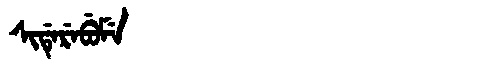
Manchu: ᠰᡳᡩᡝᡵᡝᠪᡠᠮᡝ
Romanization: SIDEREBUME